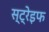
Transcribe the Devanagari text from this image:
स्ट्रेइफ